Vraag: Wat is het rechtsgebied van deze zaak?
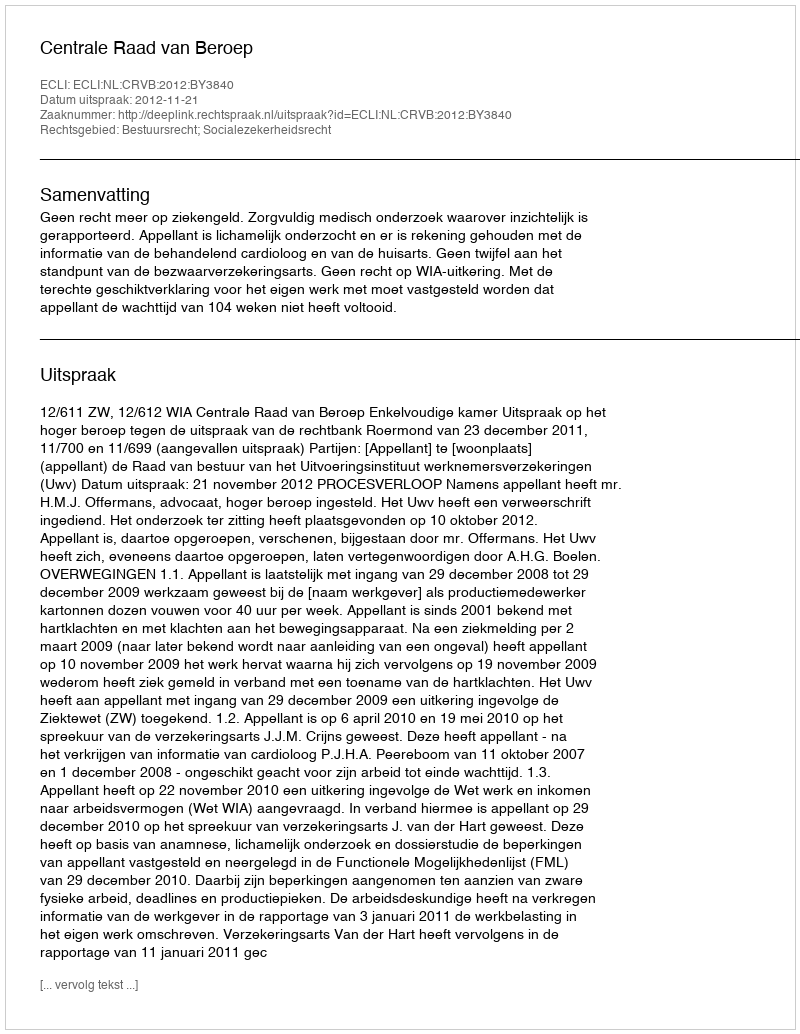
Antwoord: Bestuursrecht; Socialezekerheidsrecht